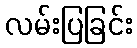
လမ်းပြခြင်း